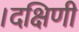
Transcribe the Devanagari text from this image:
।दक्षिणी